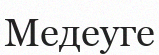
Медеуге